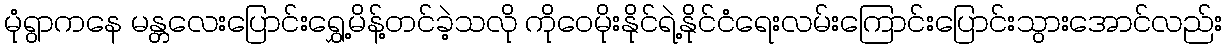
မုံရွာကနေ မန္တလေးပြောင်းရွှေ့မိန့်တင်ခဲ့သလို ကိုဝေမိုးနိုင်ရဲ့နိုင်ငံရေးလမ်းကြောင်းပြောင်းသွားအောင်လည်း